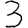
Digit: 3